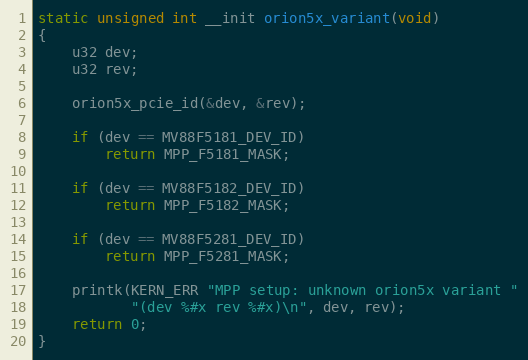
Language: C
static unsigned int __init orion5x_variant(void)
{
	u32 dev;
	u32 rev;

	orion5x_pcie_id(&dev, &rev);

	if (dev == MV88F5181_DEV_ID)
		return MPP_F5181_MASK;

	if (dev == MV88F5182_DEV_ID)
		return MPP_F5182_MASK;

	if (dev == MV88F5281_DEV_ID)
		return MPP_F5281_MASK;

	printk(KERN_ERR "MPP setup: unknown orion5x variant "
	       "(dev %#x rev %#x)\n", dev, rev);
	return 0;
}